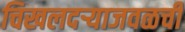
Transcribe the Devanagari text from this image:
चिखलदऱ्याजवळची